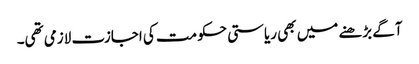
آگے بڑھنے میں بھی ریاستی حکومت کی اجازت لازمی تھی۔